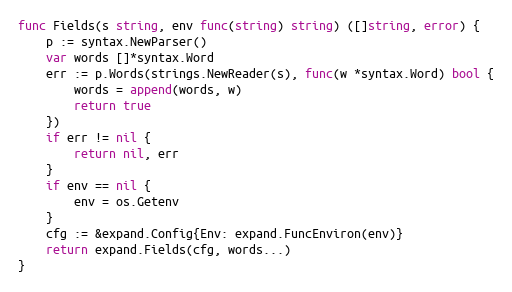
Language: Go
func Fields(s string, env func(string) string) ([]string, error) {
	p := syntax.NewParser()
	var words []*syntax.Word
	err := p.Words(strings.NewReader(s), func(w *syntax.Word) bool {
		words = append(words, w)
		return true
	})
	if err != nil {
		return nil, err
	}
	if env == nil {
		env = os.Getenv
	}
	cfg := &expand.Config{Env: expand.FuncEnviron(env)}
	return expand.Fields(cfg, words...)
}